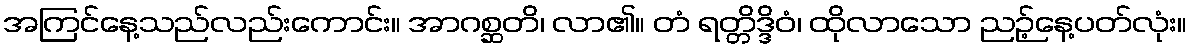
အကြင်နေ့သည်လည်းကောင်း။ အာဂစ္ဆတိ၊ လာ၏။ တံ ရတ္တိဒ္ဒိဝံ၊ ထိုလာသော ညဉ့်နေ့ပတ်လုံး။